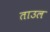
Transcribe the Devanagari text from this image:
ताउल